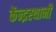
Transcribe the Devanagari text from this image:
केंन्द्रस्थानी